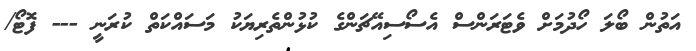
އަތުން ބޯލަ ހޯދުމަށް ވެޓަރަންސް އެސޯސިއޭޗަންގެ ކުޅުންތެރިޔަކު މަސައްކަތް ކުރަނީ --- ފޮޓޯ/